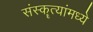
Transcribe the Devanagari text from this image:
संस्कॄत्यांमध्ये